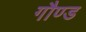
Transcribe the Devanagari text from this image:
गौण्ड